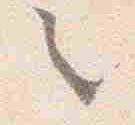
之